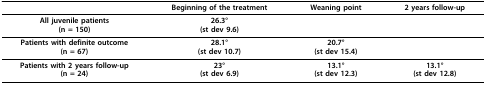
<table><thead><tr><td></td><td><b>Beginning of the treatment</b></td><td><b>Weaning point</b></td><td><b>2 years follow-up</b></td></tr></thead><tbody><tr><td><b>All juvenile patients</b><b>(n = 150)</b></td><td><b>26.3°</b>(st dev 9.6)</td><td></td><td></td></tr><tr><td><b>Patients with definite outcome</b><b>(n = 67)</b></td><td><b>28.1°</b>(st dev 10.7)</td><td><b>20.7°</b>(st dev 15.4)</td><td></td></tr><tr><td><b>Patients with 2 years follow-up</b><b>(n = 24)</b></td><td><b>23°</b>(st dev 6.9)</td><td><b>13.1°</b>(st dev 12.3)</td><td><b>13.1°</b>(st dev 12.8)</td></tr></tbody></table>